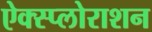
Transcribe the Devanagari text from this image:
ऐक्स्प्लोराशन